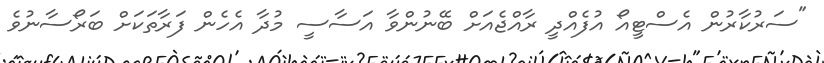
"ސަރުކާރުން އެސްޓީއޯ އުފެއްދީ ރާއްޖެއަށް ބޭނުންވާ އަސާސީ މުދާ އެހެން ފަރާތަކަށް ބަރޯސާނުވެ